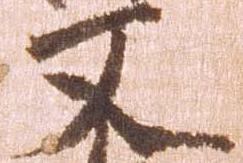
又